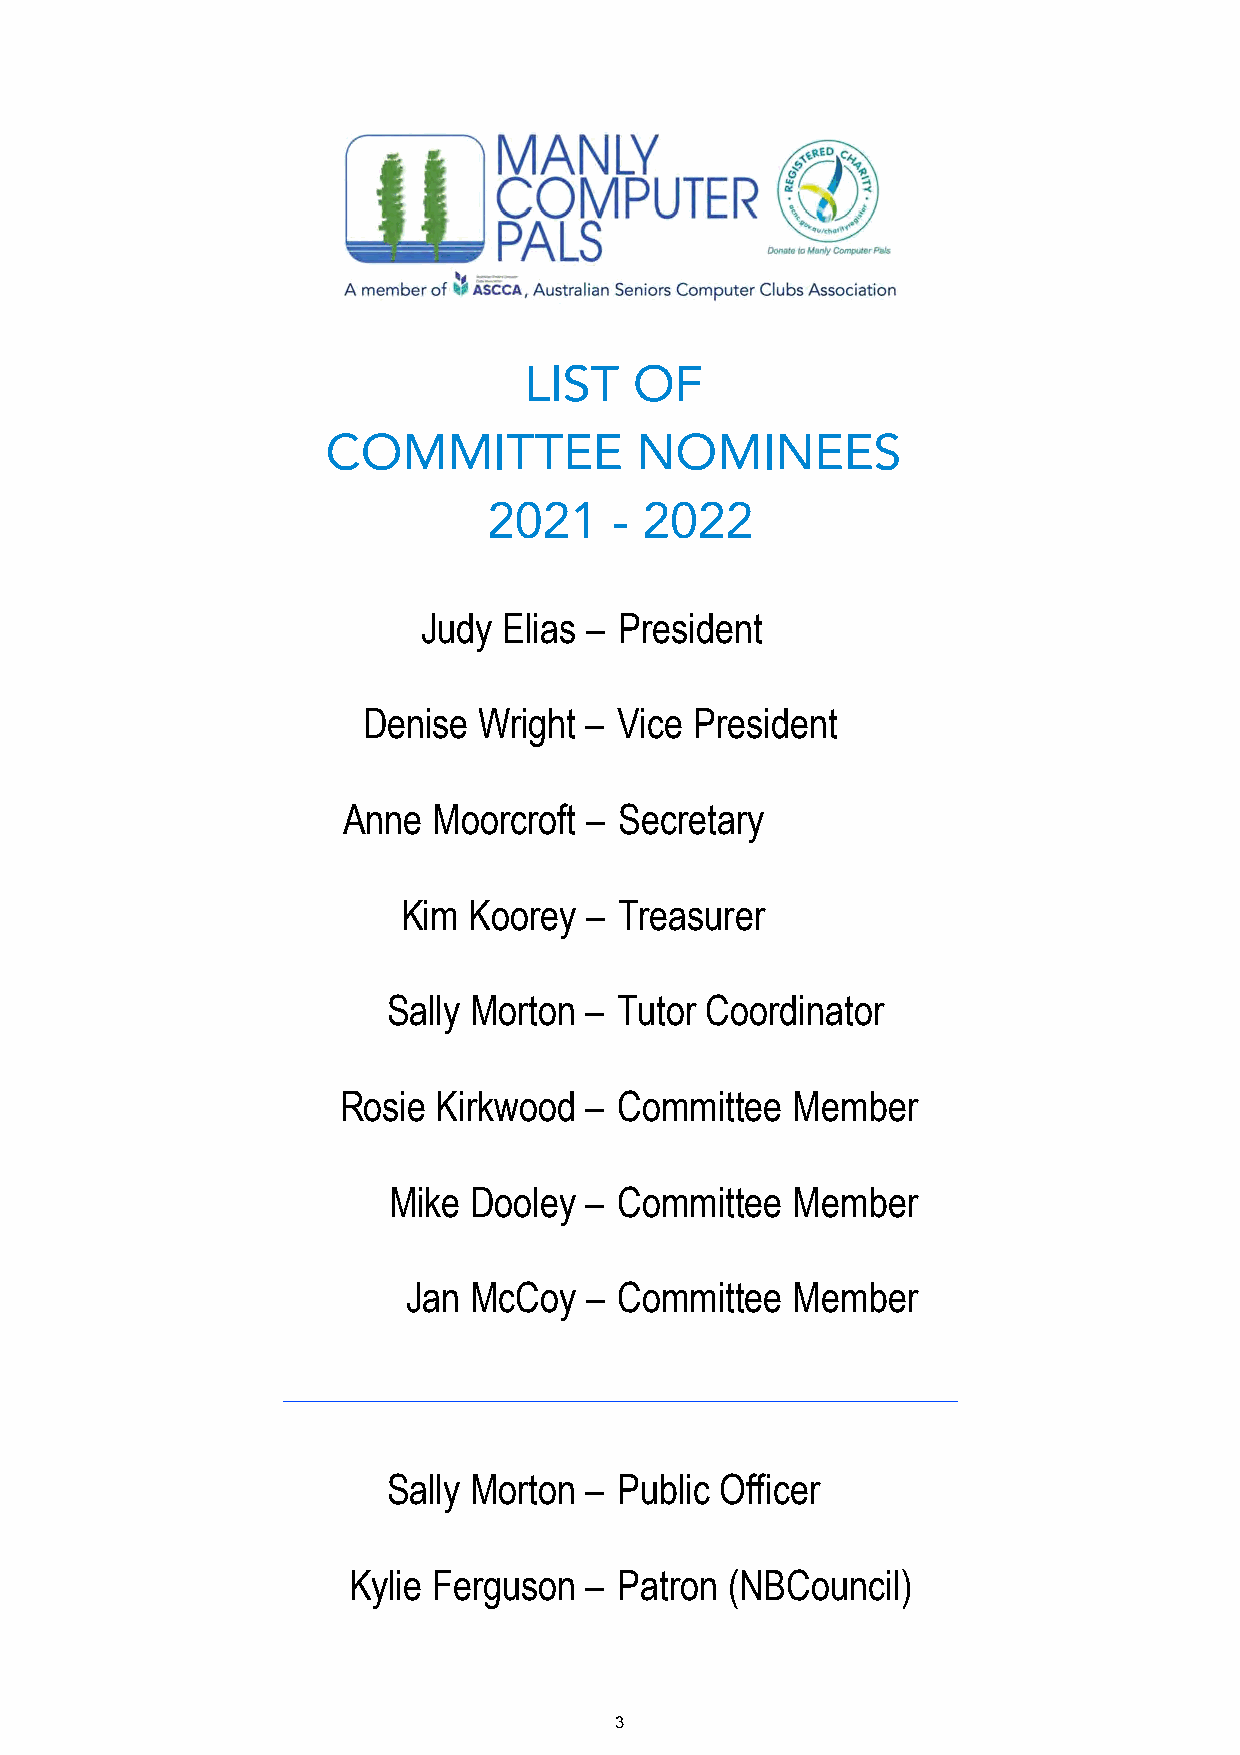
LIST   OF
 COMMITTEE           NOMINEES
 2021    -  2022
 Judy Elias – President
 Denise  Wright – Vice President
 Anne  Moorcroft – Secretary
 Kim Koorey  – Treasurer
 Sally Morton – Tutor Coordinator
 Rosie  Kirkwood  – Committee  Member
 Mike Dooley  – Committee  Member
 Jan McCoy   – Committee  Member
 Sally Morton – Public Officer
 Kylie Ferguson  – Patron (NBCouncil)
 3